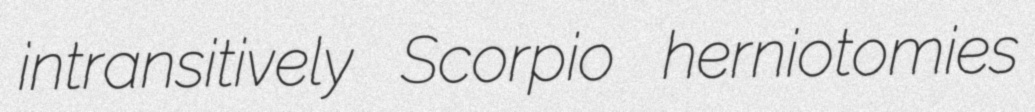
intransitively Scorpio herniotomies